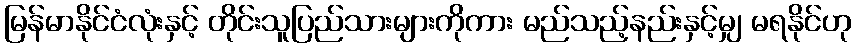
မြန်မာနိုင်ငံလုံးနှင့် တိုင်းသူပြည်သားများကိုကား မည်သည့်နည်းနှင့်မျှ မရနိုင်ဟု